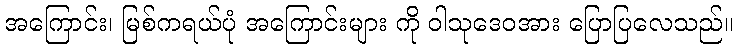
အကြောင်း၊ မြစ်ကရယ်ပုံ အကြောင်းများ ကို ဝါသုဒေဝအား ပြောပြလေသည်။